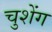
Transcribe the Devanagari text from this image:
चुशेंग